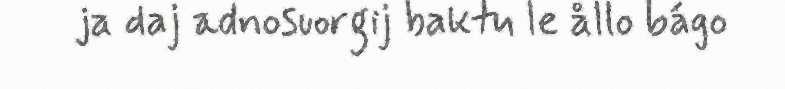
ja daj adnosuorgij baktu le ållo bágo